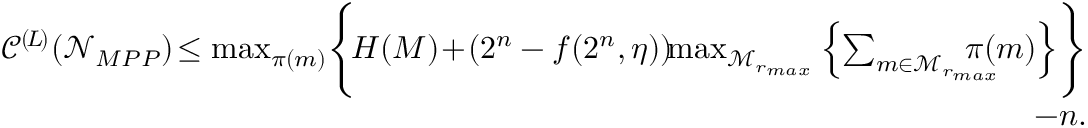
\begin{array} { r } { \mathscr { C } ^ { ( \! L \! ) } ( \mathcal { N } _ { M P P } ) \! \leq \operatorname* { m a x } _ { \pi ( m ) } \Biggl \{ \! H ( M ) \! + \! ( 2 ^ { n } - f ( 2 ^ { n } , \eta ) ) \! \! \operatorname* { m a x } _ { \mathcal { M } _ { r _ { m a x } } } \left\{ \sum _ { m \in \mathcal { M } _ { r _ { m a x } } } \! \! \! \! \! \! \! \! \pi ( m ) \right\} \Biggr \} } \\ { - n . } \end{array}